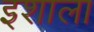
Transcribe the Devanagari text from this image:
इशाला